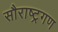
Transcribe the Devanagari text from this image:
सौराष्ट्रगण